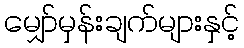
မျှော်မှန်းချက်များနှင့်